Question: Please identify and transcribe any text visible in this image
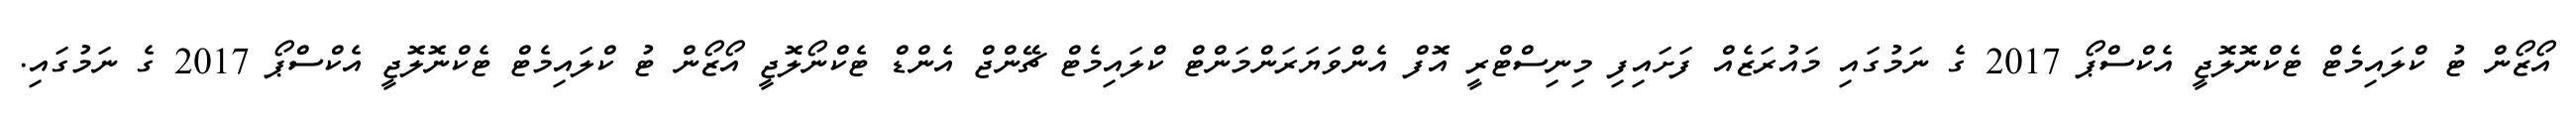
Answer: އޯޒޯން ޓު ކްލައިމެޓް ޓެކްނޮލޮޖީ އެކްސްޕޯ 2017 ގެ ނަމުގައި މައުރަޒެއް ފަށައިފި މިނިސްޓްރީ އޮފް އެންވަޔަރަންމަންޓް ކްލައިމެޓް ޗޭންޖް އެންޑް ޓެކްނޯލޮޖީ އޯޒޯން ޓު ކްލައިމެޓް ޓެކްނޮލޮޖީ އެކްސްޕޯ 2017 ގެ ނަމުގައި.